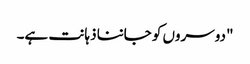
"دوسروں کو جاننا ذہانت ہے۔